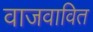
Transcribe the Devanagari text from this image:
वाजवावित